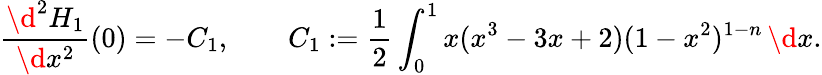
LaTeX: \frac{\d^{2}H_{1}}{\d x^{2}}(0)=-C_{1},\qquad C_{1}:=\frac 12\int_{0}^{1}x(x^{3}-3x+2)(1-x^{2})^{1-n}\, \d x.